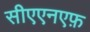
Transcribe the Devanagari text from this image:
सीएएनएफ़